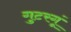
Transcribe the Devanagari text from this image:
गुटरगूं